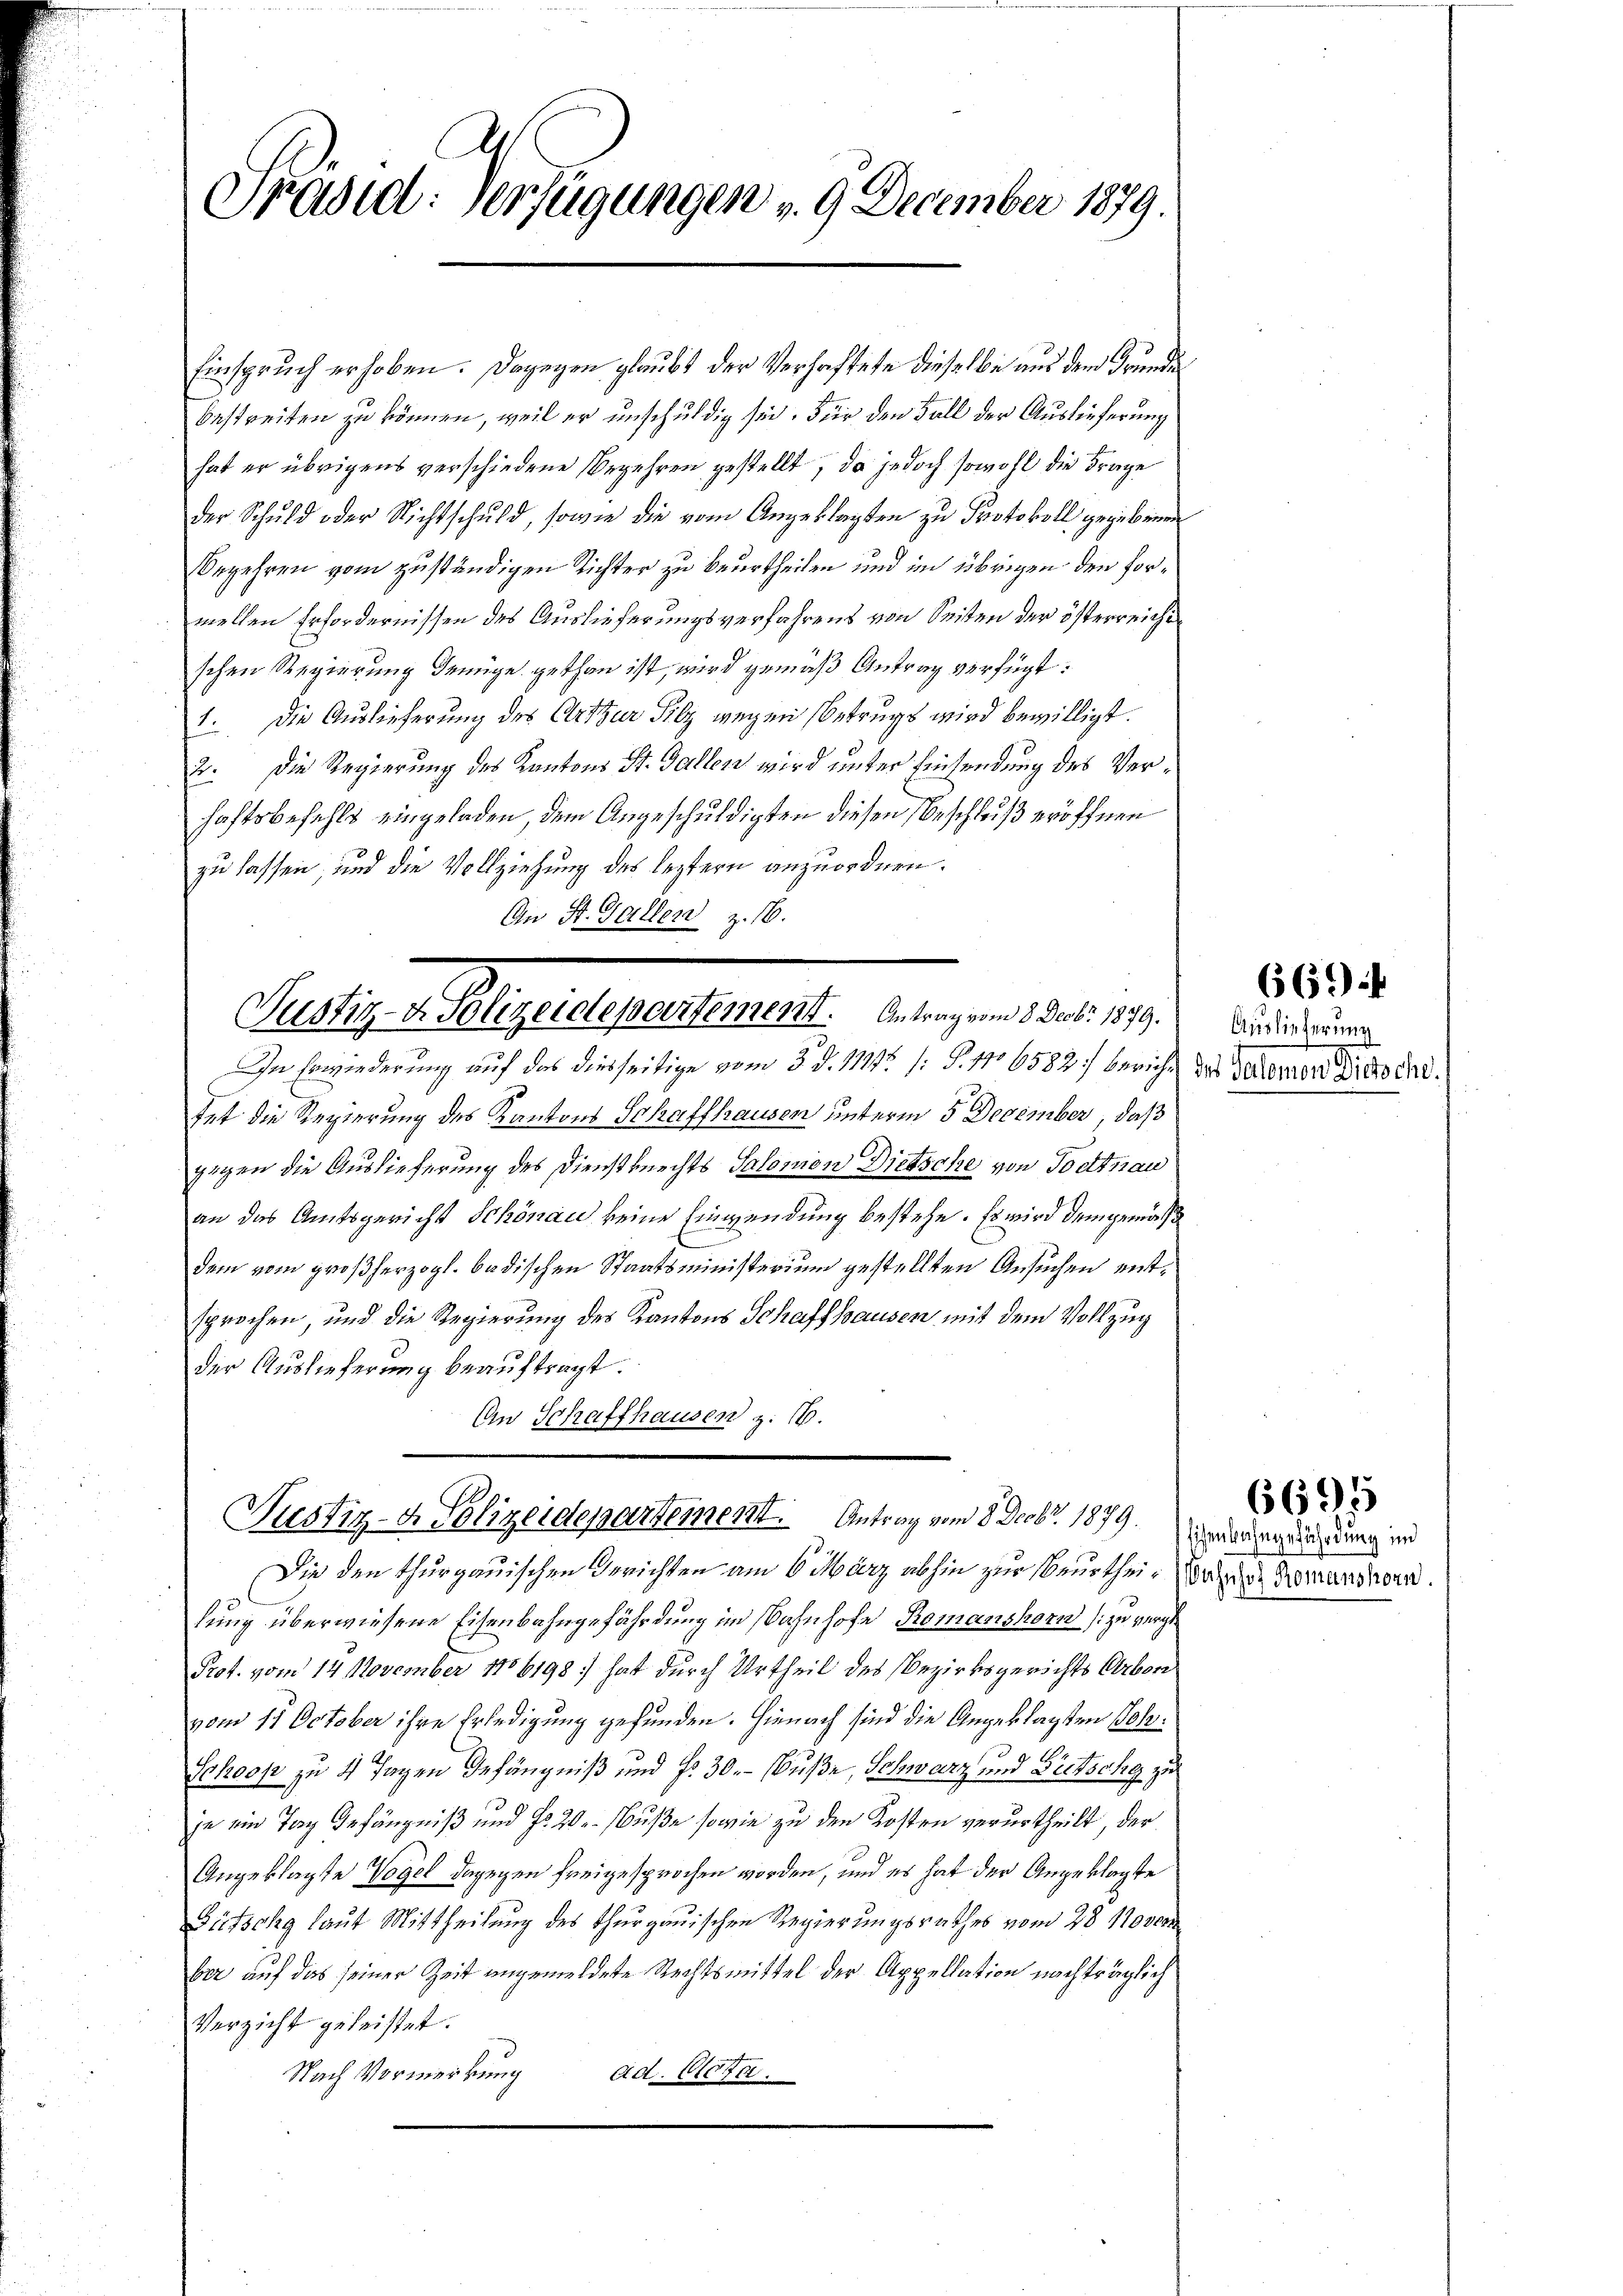
Präsid. Verfügungen v. 9. December 1879.

Einspruch erhoben. Dagegen glaubt der Verhaftete dieselbe aus dem Grunde
bestreiten zu können, weil er unschuldig sei. Für den Fall der Auslieferung
hat er übrigens verschiedene Begehren gestellt, da jedoch sowohl die Frage
der Schuld oder Nichtschuld, sowie die vom Angeklagten zu Protokoll gegebenen
Begehren vom zuständigen Richter zu beurtheilen und im übrigen den formellen Erfordernissen des Auslieferungsverfahrens von Seiten der österreichischen Regierung genüge gethan ist, wird gemäß Antrag verfügt:
1. Die Auslieferung des Arthur Silz wegen Betrugs wird bewilligt.
2. Die Regierung des Kantons St. Gallen wird unter Einsendung des Verhaftsbefehls eingeladen, dem Angeschuldigten diesen Beschluß eröffnen
zu lassen, und die Vollziehung des leztern anzuordnen.
An St. Gallen z. 16.

Jully eingelegensteuert, wenigen eine ein

In Erwiederung auf das diesseitige vom 3. d. 1111. 1: G. 1106582) bericht des Verlerner diese sind.
tet die Regierung des Kantons Schaffhausen unterm 5 December, daß
gegen die Auslieferung des Dienstknechts Salonien Dietsche von Todtnau
an das Amtsgericht Schönau keine Einwendung bestehe. Es wird demgemäß
dem vom großherzogl. badischen Staatsministerium gestellten Ansuchen entsprochen, und die Regierung des Kantons Schaffhausen mit dem Vollzug
der Auslieferung beauftragt.
An Schaffhausen z. 16.

Justiz- & Polizeidepartement. Antrag vom 8. Decbr. 1879. Der regierung und

Die den thurgauischen Gerichten am 6. März abhin zur Beurthei- oder Bemandern.
lung überwiesene Eisenbahngefährdung im Bahnhofe Romanshorn zu verge¬
Prot. vom 14. November 1886198 hat durch Urtheil des Bezirksgerichts Arbon
vom 17. October ihre Erledigung gefunden. Hienach sind die Angeklagten Joh¬
Sokoop zu 4 Tagen Gefängniß und Fr. 30. - Buße, Schwarz und Gutschy zu
je ein Tag Gefängniß und No 20. Buße sowie zu den Kosten verurtheilt, der
Angeklagte Vogel dagegen freigesprochen worden, und es hat der Angeklagte
Dütschg laut Mittheilung des Thurgauischen Regierungsrathes vom 28 Novem
ber auf das seiner Zeit angemeldete Rechtsmittel der Appellation nachträglich
Verzicht geleistet.
Nach Vormerkung
Ad. Alois.

669

Auslieferung

6695